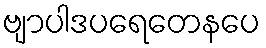
ဗျာပါဒပရေတေနပေ